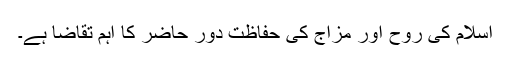
اسلام کی روح اور مزاج کی حفاظت دور حاضر کا اہم تقاضا ہے۔